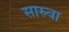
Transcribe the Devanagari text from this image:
सारुवा